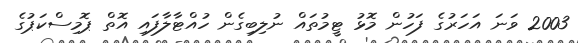
2003 ވަނަ އަހަރުގެ ފަހުން މޮޅު ޓީމުތައް ނުލިބިގެން ހުއްޓާލާފައި އޮތް ޕޮމިސްކަޕުގެ